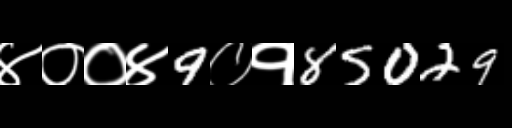
Text: ४००४9०१85029